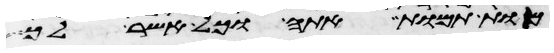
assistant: מות תמות אתה וכל אשר לך